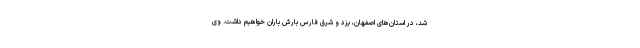
شد، در استان‌های اصفهان، یزد و شرق فارس بارش باران خواهیم داشت. وی